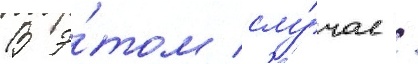
В э́том слу́чае /